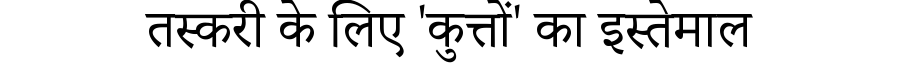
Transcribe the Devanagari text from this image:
तस्करी के लिए 'कुत्तों' का इस्तेमाल